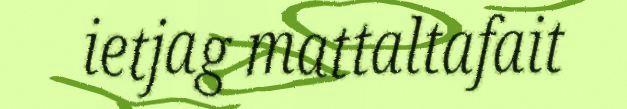
ietjag mattaltafait